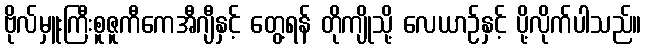
ဗိုလ်မှူးကြီးစူဇူကီကေအီဂျီနှင့် တွေ့ရန် တိုကျိုသို့ လေယာဉ်နှင့် ပို့လိုက်ပါသည်။